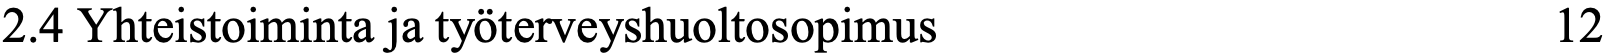
2.4 Yhteistoiminta ja työterveyshuoltosopimus       12